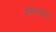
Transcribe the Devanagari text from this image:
स्टेस्ट्स